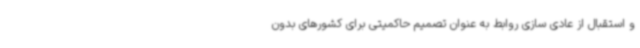
و استقبال از عادی سازی روابط به عنوان تصمیم حاکمیتی برای کشورهای بدون